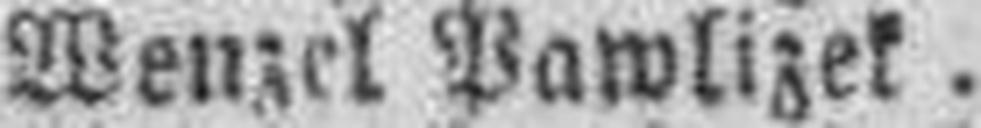
Wenzel Pawlizek